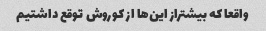
واقعا که بیشتراز این‌ها از کوروش توقع داشتیم